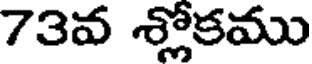
73వ శ్లోకము